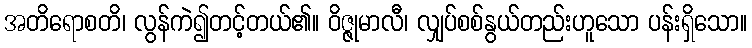
အတိရောစတိ၊ လွန်ကဲ၍တင့်တယ်၏။ ဝိဇ္ဇုမာလီ၊ လျှပ်စစ်နွယ်တည်းဟူသော ပန်းရှိသော။